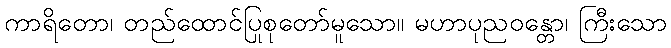
ကာရိတော၊ တည်ထောင်ပြုစုတော်မူသော။ မဟာပုညဝန္တော၊ ကြီးသော